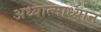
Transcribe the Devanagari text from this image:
अध्यात्माध्यान